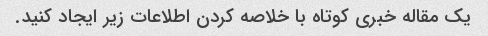
یک مقاله خبری کوتاه با خلاصه کردن اطلاعات زیر ایجاد کنید.